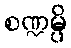
စဏ္ဍမ္ပိ